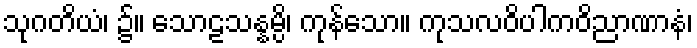
သုဂတိယံ၊ ၌။ သောဠသန္နမ္ပိ၊ ကုန်သော။ ကုသလဝိပါကဝိညာဏာနံ၊